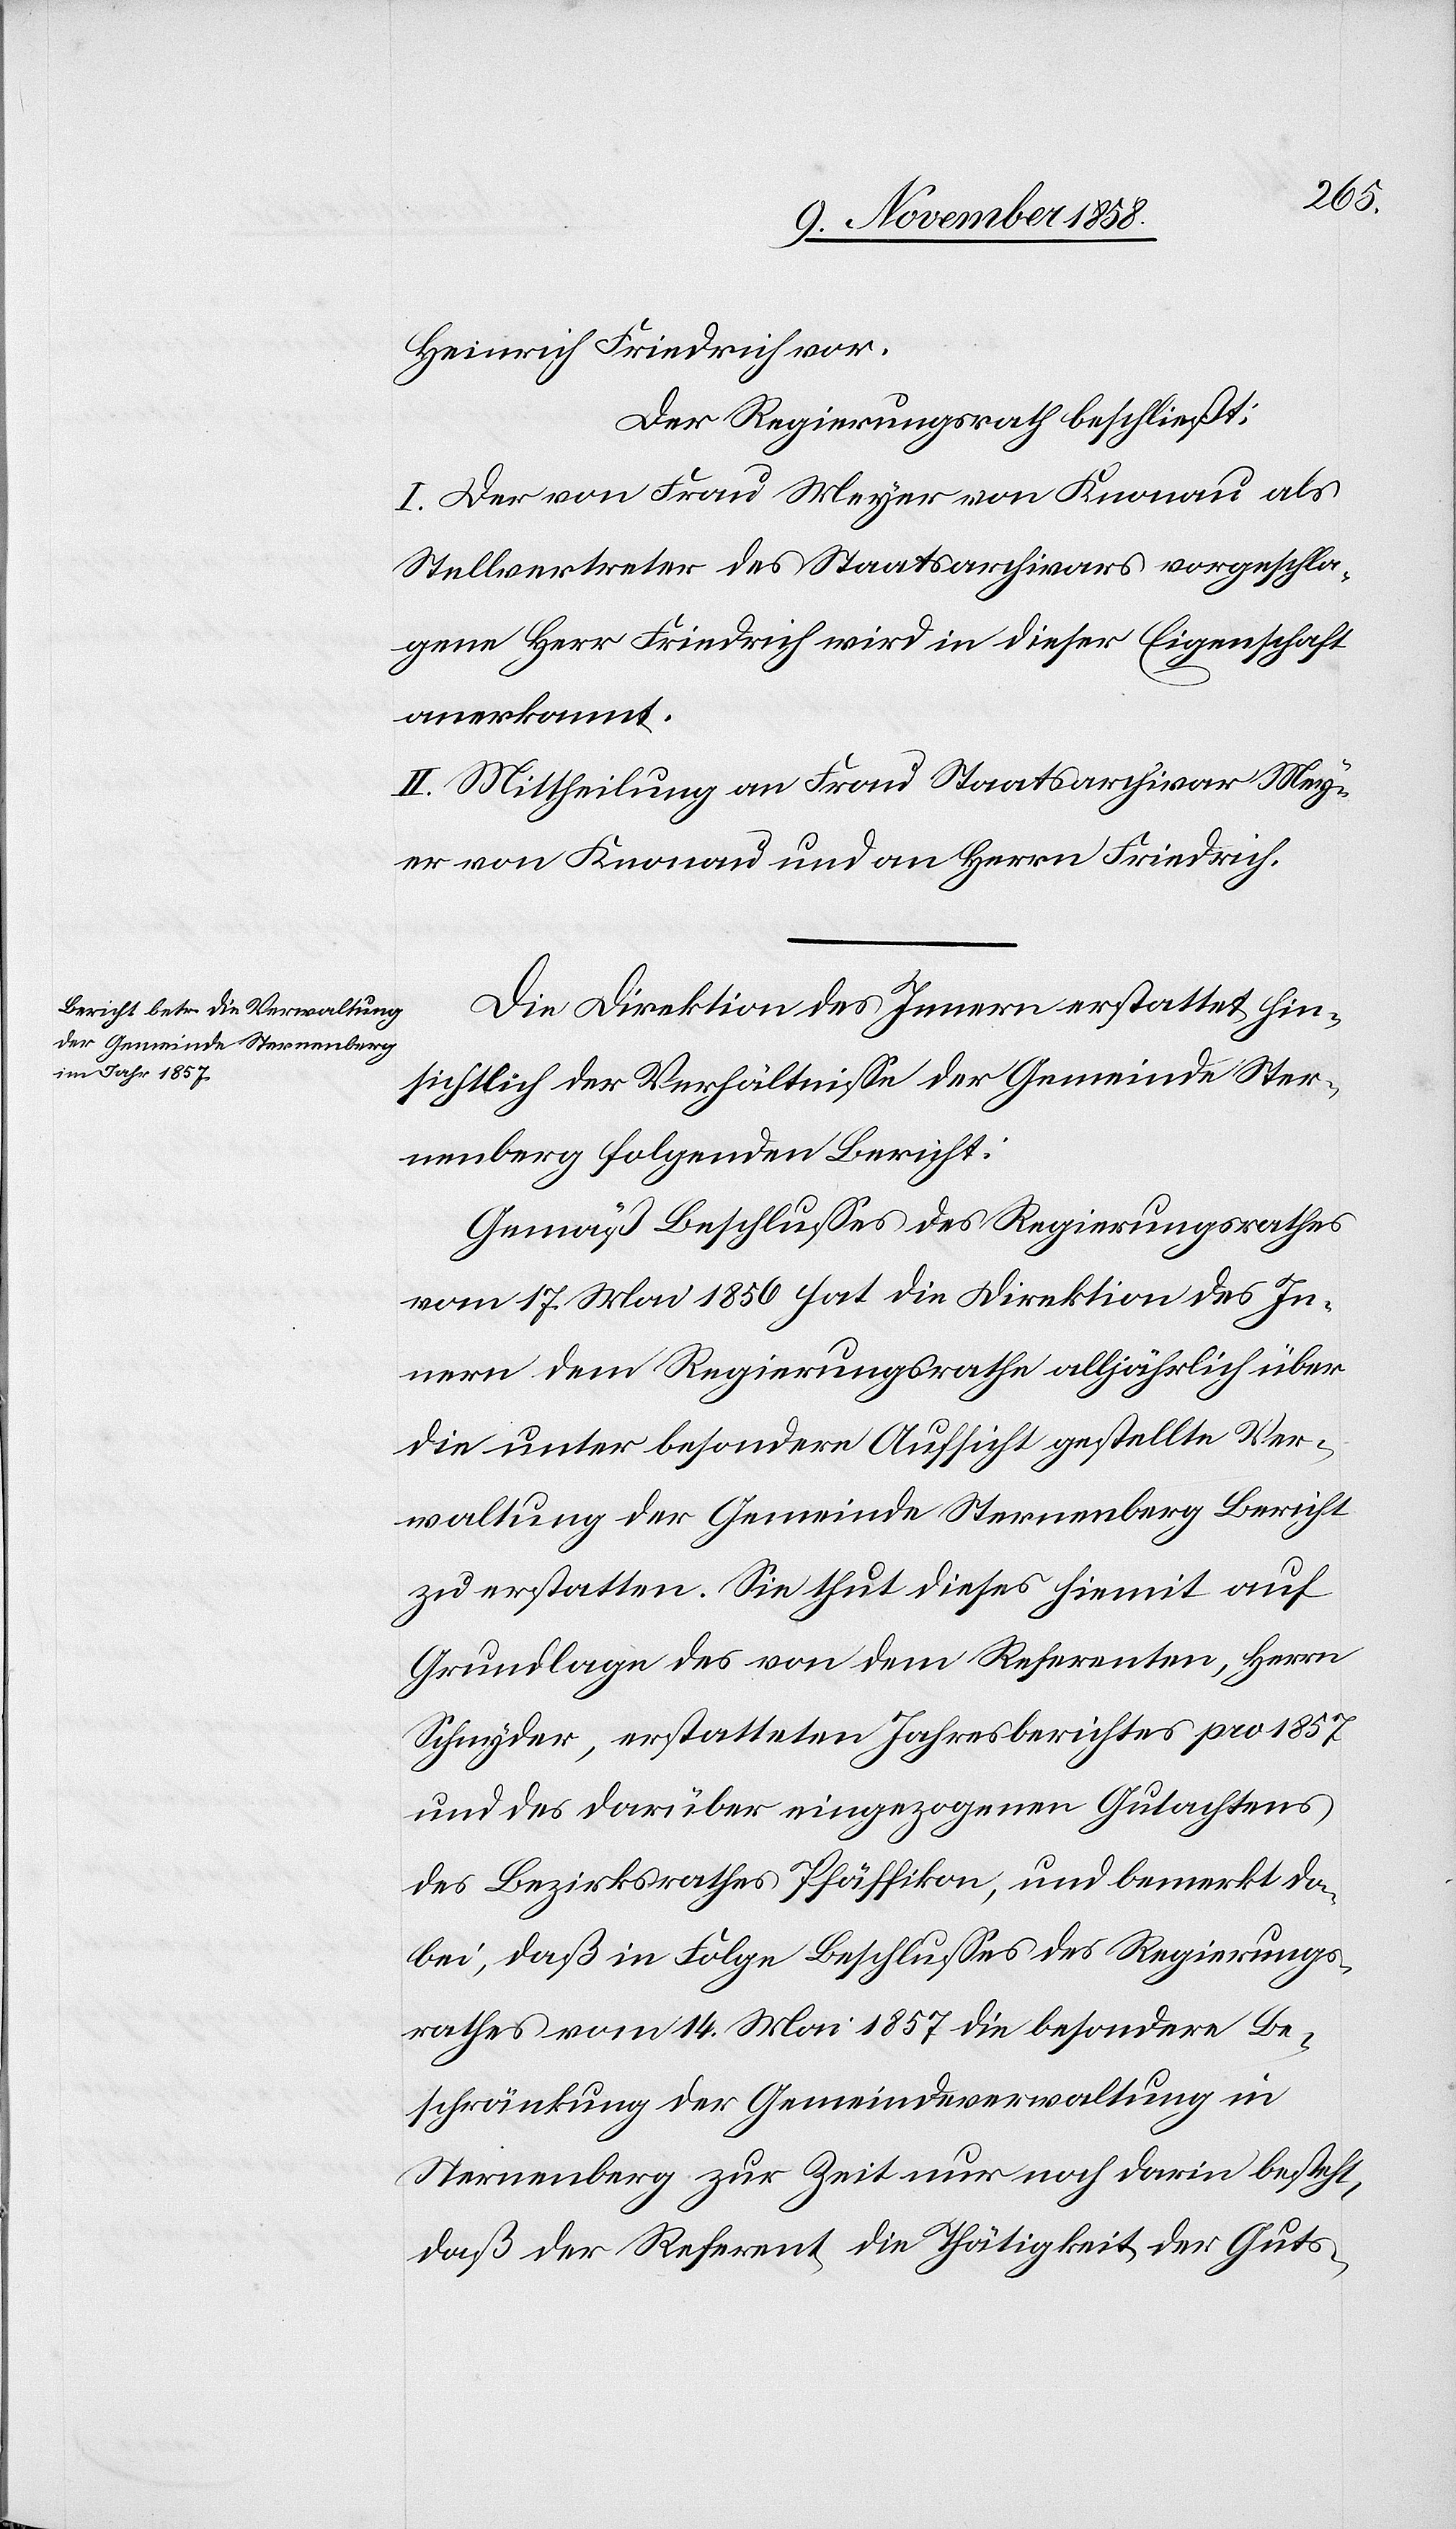
Heinrich Friedrich vor.
Der Regierungsrath beschließt:
I. Der von Frau Meyer von Knonau als
Stellvertreter des Staatsarchivars vorgeschla¬
gene Herr Friedrich wird in dieser Eigenschaft
anerkannt.
II. Mittheilung an Frau Staatsarchivar Mey¬
er von Knonau und an Herrn Friedrich.
Die Direktion des Innern erstattet hin¬
sichtlich der Verhältnisse der Gemeinde Ster¬
nenberg folgenden Bericht:
Gemäß Beschlusses des Regierungsrathes
vom 17. Mai 1856 hat die Direktion des In¬
nern dem Regierungsrathe alljährlich über
die unter besondere Aufsicht gestellte Ver¬
waltung der Gemeinde Sternenberg Bericht
zu erstatten. Sie thut dieses hiemit auf
Grundlage des von dem Referenten, Herrn
Schnyder, erstatteten Jahresberichtes pro 1857
und des darüber eingezogenen Gutachtens
des Bezirksrathes Pfäffikon, und bemerkt da¬
bei, daß in Folge Beschlusses des Regierungs¬
rathes vom 14. Mai 1857 die besondere Be¬
schränkung der Gemeindeverwaltung in
Sternenberg zur Zeit nur noch darin besteht,
daß der Referent die Thätigkeit der Guts-